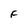
Character: F